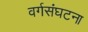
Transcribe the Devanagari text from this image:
वर्गसंघटना